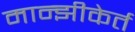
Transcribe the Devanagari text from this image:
मान्झीकेर्त